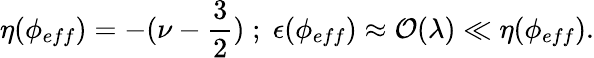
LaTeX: \eta(\phi_{eff})=-(\nu-\frac{3}{2})\; ;\; \epsilon(\phi_{eff})\approx{\cal O}(\lambda)\ll\eta(\phi_{eff}).